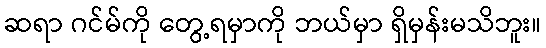
ဆရာ ဂင်မ်ကို တွေ့ရမှာကို ဘယ်မှာ ရှိမှန်းမသိဘူး။